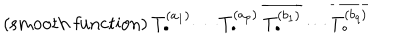
{ \mathrm { ( s m o o t h ~ f u n c t i o n ) } } \: T _ { \bullet } ^ { ( a _ { 1 } ) } \cdots T _ { \bullet } ^ { ( a _ { p } ) } \: \overline { { { T _ { \bullet } ^ { ( b _ { 1 } ) } } } } \cdots \overline { { { T _ { \bullet } ^ { ( b _ { q } ) } } } }